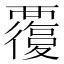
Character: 𧠃